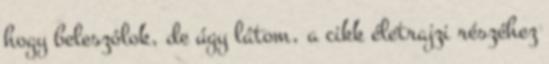
hogy beleszólok, de úgy látom, a cikk életrajzi részéhez